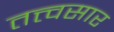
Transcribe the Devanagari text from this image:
तत्त्वसार